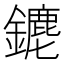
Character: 䥝